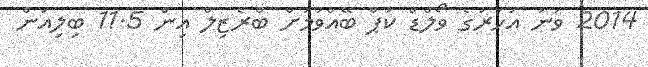
2014 ވަނަ އަހަރުގެ ވޯލްޑް ކަޕް ބޭއްވުމަށް ބްރެޒިލް އިން 11.5 ބިލިއަން